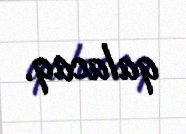
qalacaq.